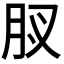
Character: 𮌋